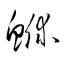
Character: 鮴